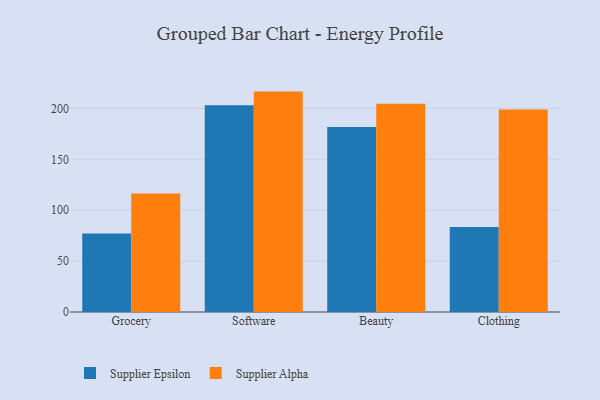
{"axis": {"x": "Category", "y": "Headcount"}, "legend": ["Supplier Alpha", "Supplier Epsilon"], "data": [{"x": "Grocery", "y": 77.2, "type": "Supplier Epsilon"}, {"x": "Grocery", "y": 116.4, "type": "Supplier Alpha"}, {"x": "Software", "y": 203.1, "type": "Supplier Epsilon"}, {"x": "Software", "y": 216.5, "type": "Supplier Alpha"}, {"x": "Beauty", "y": 181.8, "type": "Supplier Epsilon"}, {"x": "Beauty", "y": 204.5, "type": "Supplier Alpha"}, {"x": "Clothing", "y": 83.4, "type": "Supplier Epsilon"}, {"x": "Clothing", "y": 198.8, "type": "Supplier Alpha"}]}